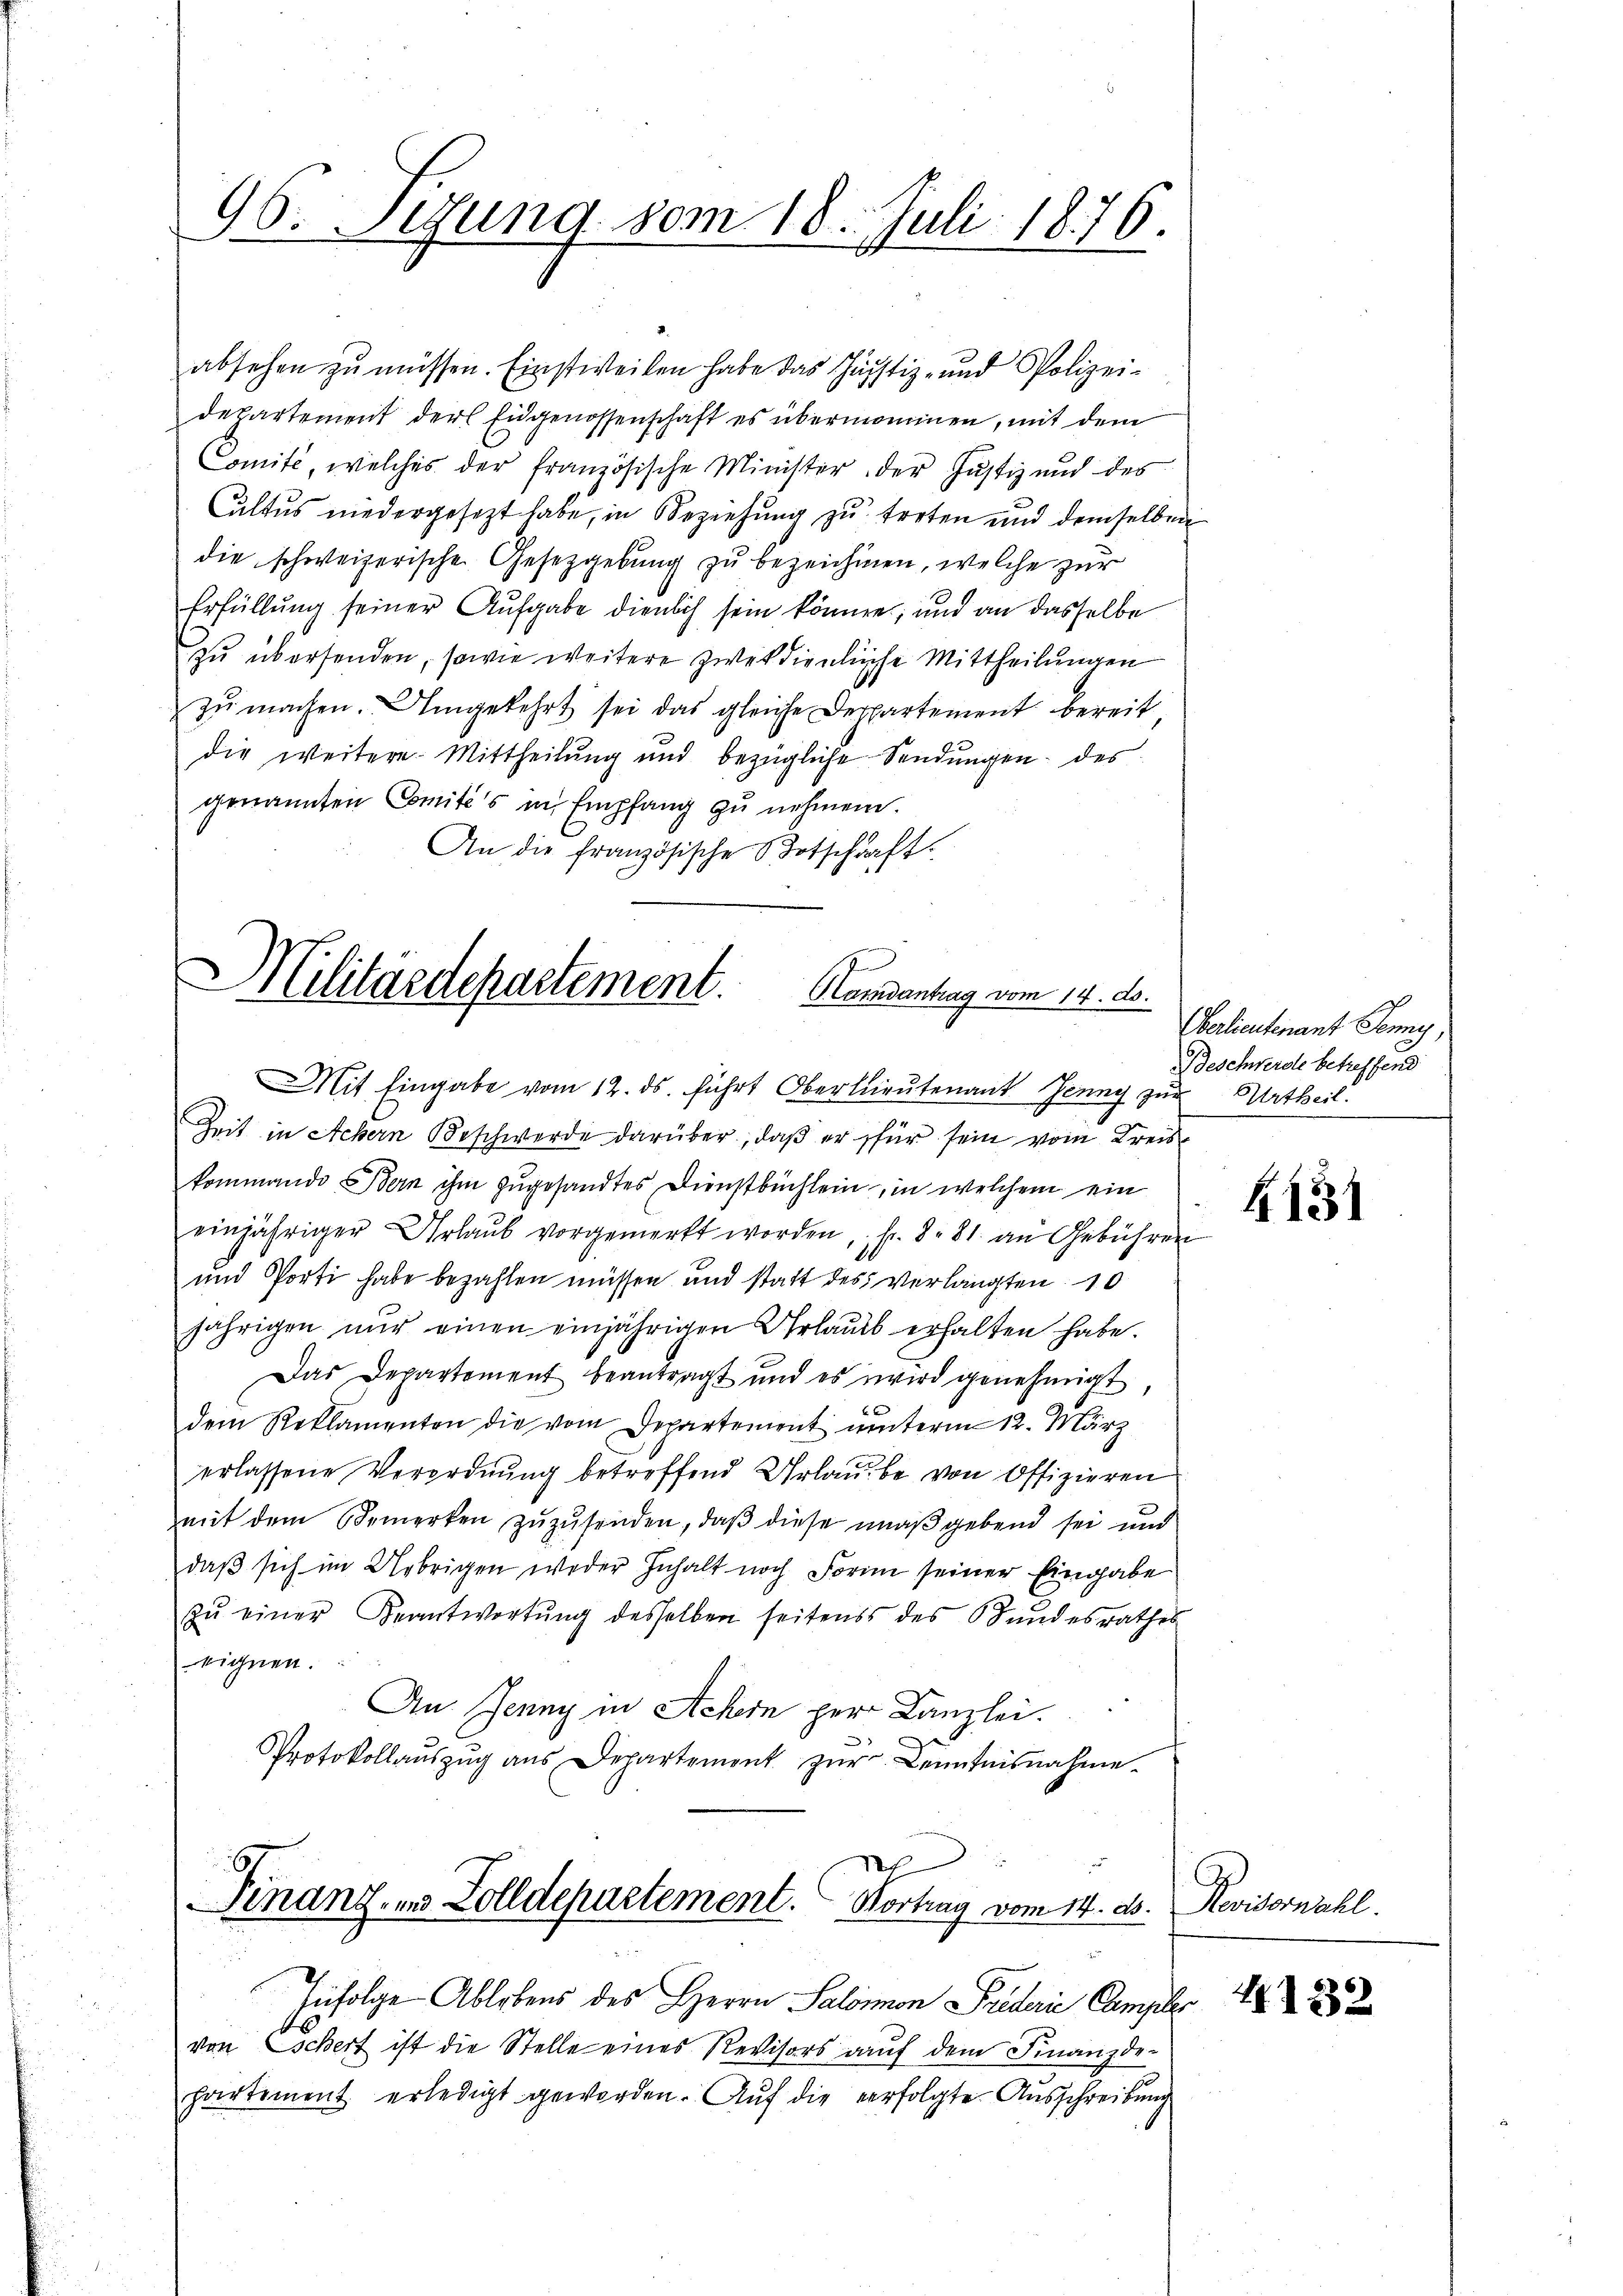
96. Segung vom 18. Juli 1876.

absehen zu müssen. Einstweilen habe das Justiz- und Polizei-
departement der Eidgenossenschaft es übernommen, mit dem
Comite, welches der französische Minister der Justiz und des
Cultus niedergesezt habe, in Beziehung zu treten und demselben
die schweizerische Gesetzgebung zu bezeichnen, welche zur
Erfüllung seiner Aufgabe dienlich sein können; und an dasselbe
zu übersenden, sowie weitere Zweckdienliche Mittheilungen
zŭ machen. Umgekehrt sei das gleiche Deppartement bereit
die weitere Mittheilung und bezügliche Sendungen des
genannten Comité's in Empfang zu nehmen.
An die französische Botschaft.

Militärdepartement. Hansentag vom 14. d.
Mit Eingabe vom 12. ds. führt Oberlieutenant Jenny zur Urtheil.

Zeit in Achern Beschwerde darüber, daß er für sein vom Kreiskommando Bern ihm zugesandtes Dienstbüchlein, in welchem ein
einjähriger Urlaŭb vorgemerkt worden, fr. 8. 81. an Gebühren
und Porti habe bezahlen müssen und statt des verlangten 10
jährigen nŭr einen einjährigen Urlaŭs erhalten habe.
Das Departement beantragt und es wird genehmigt,
dem Reklamenten die vom Departement unterm 12. März
erlassene Verordnung betreffend Urlaube von Offizieren
mit dem Bemerken zŭzŭsenden, daß diese maßgebend sei und
daß sich im Uebrigen weder Inhalt noch Form seiner Eingabe
zŭ einer Beantwortŭng desselben seitens des Stundesrathes
eichnen.
An Jenny in Achern per Kanzlei.
Protokollaŭszŭg ans Departement zŭr Kenntnisnahme.
h
Finanz- und Zolldepartement. Vortrag vom 14. ds.
Infolge Ablebens des Herrn Salomon Friderie Campel 1882
von Eschert ist die Stelle eines Revisors auf dem Finanzde-
partement erledigt geworden. Auf die verfolgte Ausschreibung

Oerlieutenant Sonny,
Beschwerde betreffend

131

Revisornachl